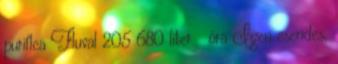
puriflca Fluval 205 680 liter óra Igen csendes,